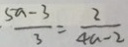
\frac { 5 a - 3 } { 3 } = \frac { 2 } { 4 a - 2 }